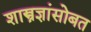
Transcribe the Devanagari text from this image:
शास्त्रज्ञांसोबत